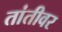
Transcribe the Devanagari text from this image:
तांतीवर